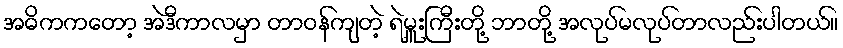
အဓိကကတော့ အဲဒီကာလမှာ တာဝန်ကျတဲ့ ရဲမှူးကြီးတို့ ဘာတို့ အလုပ်မလုပ်တာလည်းပါတယ်။